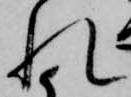
れ